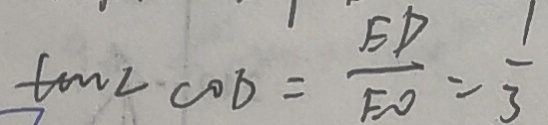
\tan \angle C O D = \frac { E D } { F O } = \frac { 1 } { 3 }